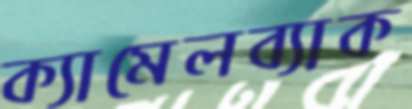
ক্যামেলব্যাক